Sketch of the medical history of the native army of Bombay, for the year
Year: 1875
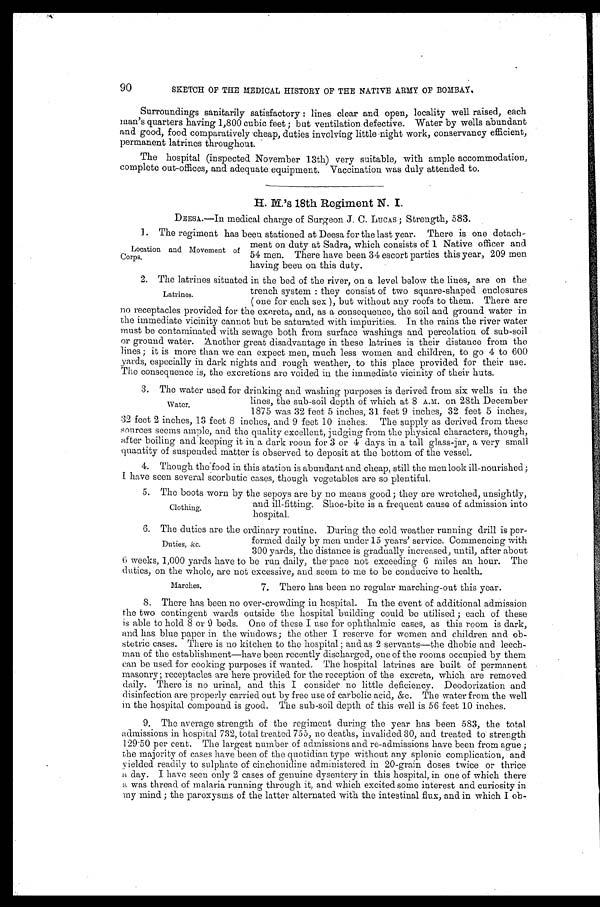
90
SKETCH OF THE MEDICAL HISTORY OF THE NATIVE ARMY OF BOMBAY.
Surroundings sanitarily satisfactory : lines clear and open, locality well raised, each
man's quarters having 1,800 cubic feet ; but ventilation defective. Water by wells abundant
and good, food comparatively cheap, duties involving little night work, conservancy efficient,
permanent latrines throughout.
The hospital (inspected November 13th) very suitable, with ample accommodation,
complete out-offices, and adequate equipment. Vaccination was duly attended to.
H. M.'s 18th Regiment N. I.
DEESA.—In medical charge of Surgeon J. C. LUCAS; Strength, 583.
1. The regiment has been stationed at Deesa for the last year. There is one detach
-ment on duty at Sadra, which consists of 1 Native officer and
54 men. There have been 34 escort parties this year, 209 men
having been on this duty.
2. The latrines situated in the bed of the river, on a level below the lines, are on the
trench system : they consist of two square-shaped enclosures
( one for each sex ), but without any roofs to them. There are
no receptacles provided for the excreta, and, as a consequence, the soil and ground water in
the immediate vicinity cannot but be saturated with impurities. In the rains the river water
must be contaminated with sewage both from surface washings and percolation of sub-soil
or ground water. Another great disadvantage in these latrines is their distance from the
lines ; it is more than we can expect men, much less women and children, to go 4 to 600
yards, especially in dark nights and rough weather, to this place provided for their use.
The consequence is, the excretions are voided in the immediate vicinity of their huts.
3. The water used for drinking and washing purposes is derived from six wells in the
lines, the sub-soil depth of which at 8 A.M. on 28th December
1875 was 32 feet 5 inches, 31 feet 9 inches, 32 feet 5 inches,
32 feet 2 inches, 13 feet 8 inches, and 9 feet 10 inches. The supply as derived from these
sources seems ample, and the quality excellent, judging from the physical characters, though,
after boiling and keeping it in a dark room for 3 or 4 days in a tall glass-jar, a very small
quantity of suspended matter is observed to deposit at the bottom of the vessel.
4. Though the food in this station is abundant and cheap, still the men look ill-nourished ;
I have seen several scorbutic cases, though vegetables are so plentiful.
5 . T h e b o o t s w o r n b y t h e s e p o y s a r e b y n o m e a n s g o o d ; t h e y a r e w r e t c h e d , u n s i g h t l y ,
and ill-fitting. Shoe-bite is a frequent cause of admission into
hospital.
6. The duties are the ordinary routine. During the cold weather running drill is per
-
formed daily by men under 15 years' service. Commencing with
300 yards, the distance is gradually increased, until, after about
6 weeks, 1,000 yards have to be run daily, the pace not exceeding 6 miles an hour. The
duties, on the whole, are not excessive, and seem to me to be conducive to health.
Location and Movement of
Corps.
Latrines.
Water.
Clothing.
Duties, &c.
Marches.
7. There has been no regular marching-out this year.
8. There has been no over-crowding in hospital. In the event of additional admission
the two contingent wards outside the hospital building could be utilised ; each of these
is able to hold 8 or 9 beds. One of these I use for ophthalmic cases, as this room is dark,
and has blue paper in the windows; the other I reserve for women and children and ob
-stetric cases. There is no kitchen to the hospital ; and as 2 servants—the dhobie and leech
-man of the establishment—have been recently discharged, one of the rooms occupied by them
can be used for cooking purposes if wanted. The hospital latrines are built of permanent
masonry; receptacles are here provided for the reception of the excreta, which are removed
daily. There is no urinal, and this I consider no little deficiency. Deodorization and
disinfection are properly carried out by free use of carbolic acid, &c. The water from the well
in the hospital compound is good. The sub-soil depth of this well is 56 feet 10 inches.
9. The average strength of the regiment during the year has been 583, the total
admissions in hospital 732, total treated 755, no deaths, invalided 30, and treated to strength
129.50 per cent. The largest number of admissions and re-admissions have been from ague ;
the majority of cases have been of the quotidian type without any splenic complication, and
yielded readily to sulphate of cinchonidine administered in 20-grain doses twice or thrice
a day. I have seen only 2 cases of genuine dysentery in this hospital, in one of which there
a was thread of malaria running through it, and which excited some interest and curiosity in
my mind ; the paroxysms of the latter alternated with the intestinal flux, and in which I ob-